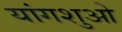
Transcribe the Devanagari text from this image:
यांगशुओ